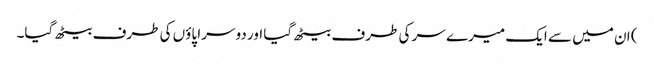
) ان میں سے ایک میرے سر کی طرف بیٹھ گیا اور دوسرا پاؤں کی طرف بیٹھ گیا۔